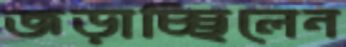
জড়াচ্ছিলেন